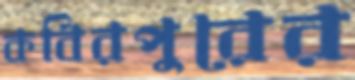
কবিরপুরের